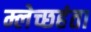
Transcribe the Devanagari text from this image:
म्लेच्छहंता